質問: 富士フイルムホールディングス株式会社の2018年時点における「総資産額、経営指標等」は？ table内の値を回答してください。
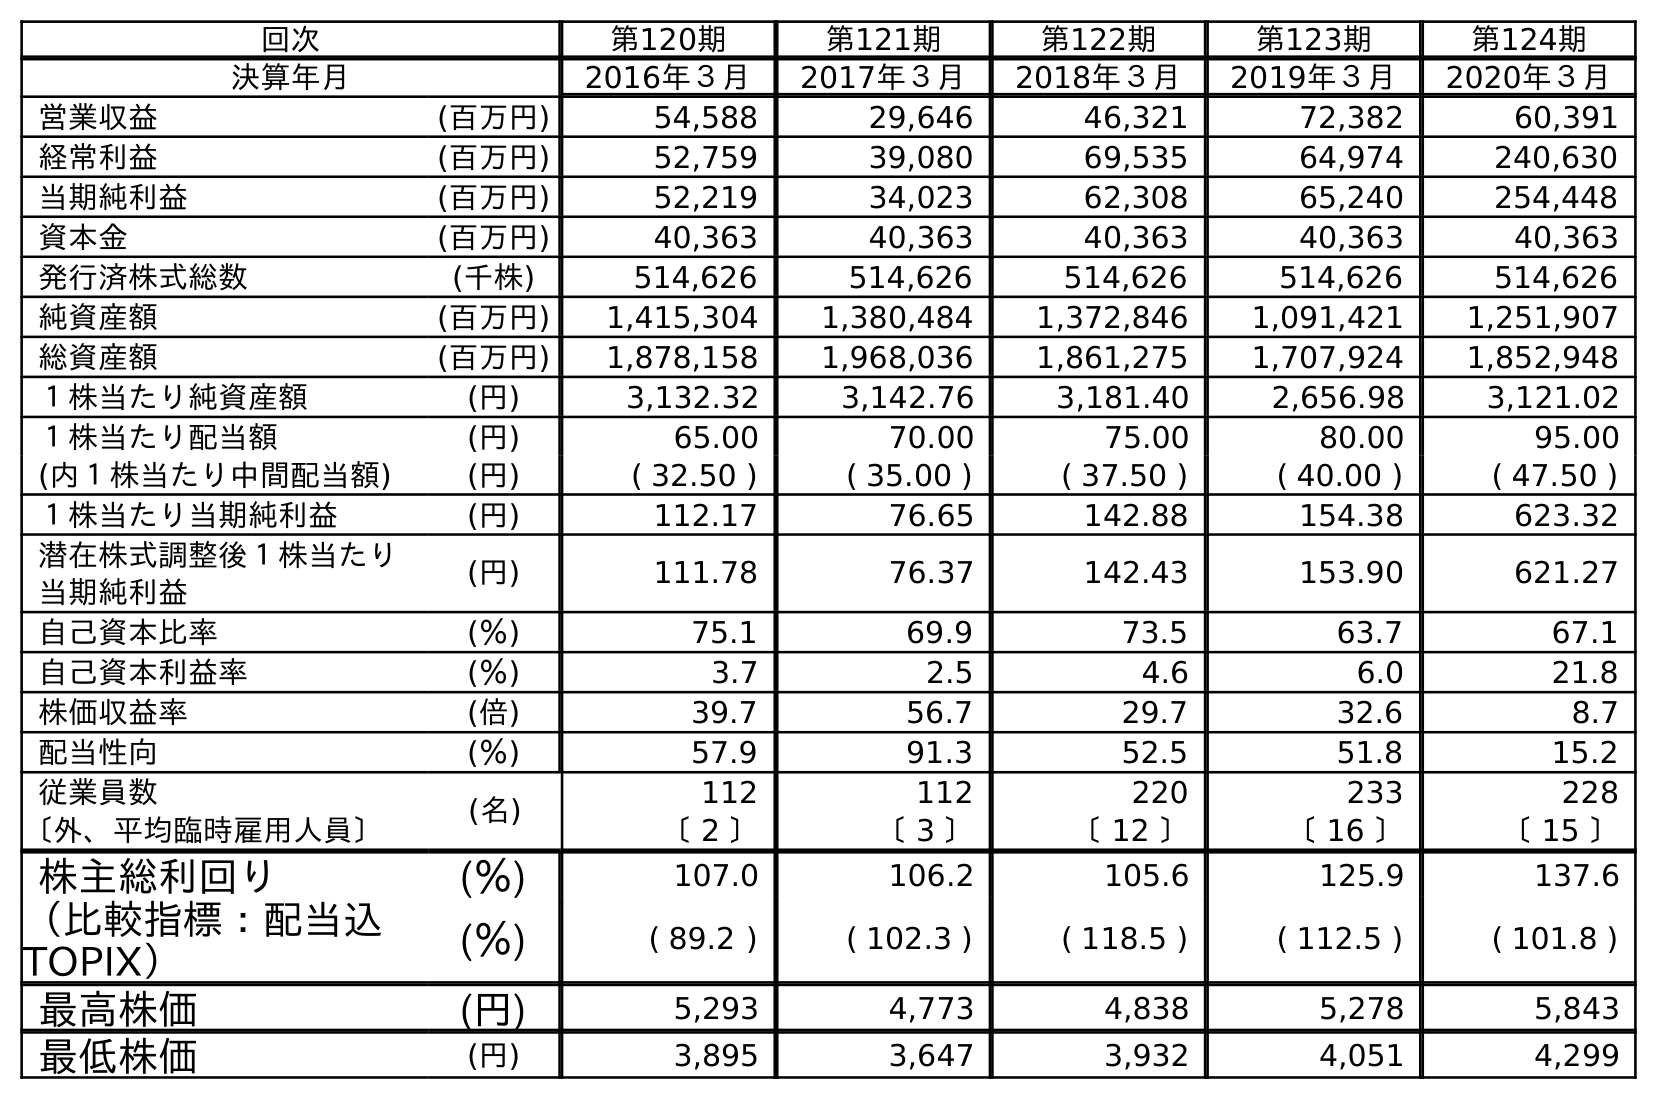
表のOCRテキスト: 回次 第120期 第121期 第122期 第123期 第124期 決算年月 2016年３月 2017年３月 2018年３月 2019年３月 2020年３月 営業収益 (百万円) 54,588 29,646 46,321 72,382 60,391 経常利益 (百万円) 52,759 39,080 69,535 64,974 240,630 当期純利益 (百万円) 52,219 34,023 62,308 65,240 254,448 資本金 (百万円) 40,363 40,363 40,363 40,363 40,363 発行済株式総数 (千株) 514,626 514,626 514,626 514,626 514,626 純資産額 (百万円) 1,415,304 1,380,484 1,372,846 1,091,421 1,251,907 総資産額 (百万円) 1,878,158 1,968,036 1,861,275 1,707,924 1,852,948 １株当たり純資産額 (円) 3,132.32 3,142.76 3,181.40 2,656.98 3,121.02 １株当たり配当額 (円) 65.00 70.00 75.00 80.00 95.00 (内１株当たり中間配当額) (円) ( 32.50 ) ( 35.00 ) ( 37.50 ) ( 40.00 ) ( 47.50 ) １株当たり当期純利益 (円) 112.17 76.65 142.88 154.38 623.32 潜在株式調整後１株当たり 当期純利益 (円) 111.78 76.37 142.43 153.90 621.27 自己資本比率 (％) 75.1 69.9 73.5 63.7 67.1 自己資本利益率 (％) 3.7 2.5 4.6 6.0 21.8 株価収益率 (倍) 39.7 56.7 29.7 32.6 8.7 配当性向 (％) 57.9 91.3 52.5 51.8 15.2 従業員数 (名) 112 112 220 233 228 〔外、平均臨時雇用人員〕 〔 2 〕 〔 3 〕 〔 12 〕 〔 16 〕 〔 15 〕 株主総利回り (％) 107.0 106.2 105.6 125.9 137.6 （比較指標：配当込 TOPIX） (％) ( 89.2 ) ( 102.3 ) ( 118.5 ) ( 112.5 ) ( 101.8 ) 最高株価 (円) 5,293 4,773 4,838 5,278 5,843 最低株価 (円) 3,895 3,647 3,932 4,051 4,299
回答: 1,861,275